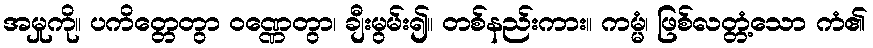
အမှုကို။ ပကိတ္တေတွာ ဝဏ္ဏေတွာ၊ ချီးမွမ်း၍။ တစ်နည်းကား။ ကမ္မံ၊ ဖြစ်လတ္တံ့သော ကံ၏